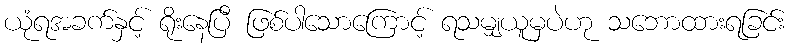
ယုံရအခက်နှင့် ရိုးနေပြီ ဖြစ်ပါသောကြောင့် ရသမျှယူမှပဲဟု သဘောထားရခြင်း